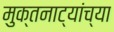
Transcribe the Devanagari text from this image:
मुक्तनाट्यांच्या